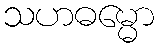
သဟဓမ္မော